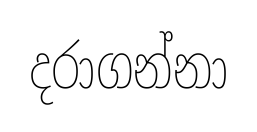
දරාගන්නා